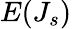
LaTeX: E(J_{s})